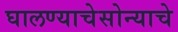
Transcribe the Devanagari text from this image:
घालण्याचेसोन्याचे